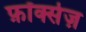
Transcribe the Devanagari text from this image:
फ़ॉक्सेज़